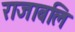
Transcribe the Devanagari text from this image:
राजाबलि